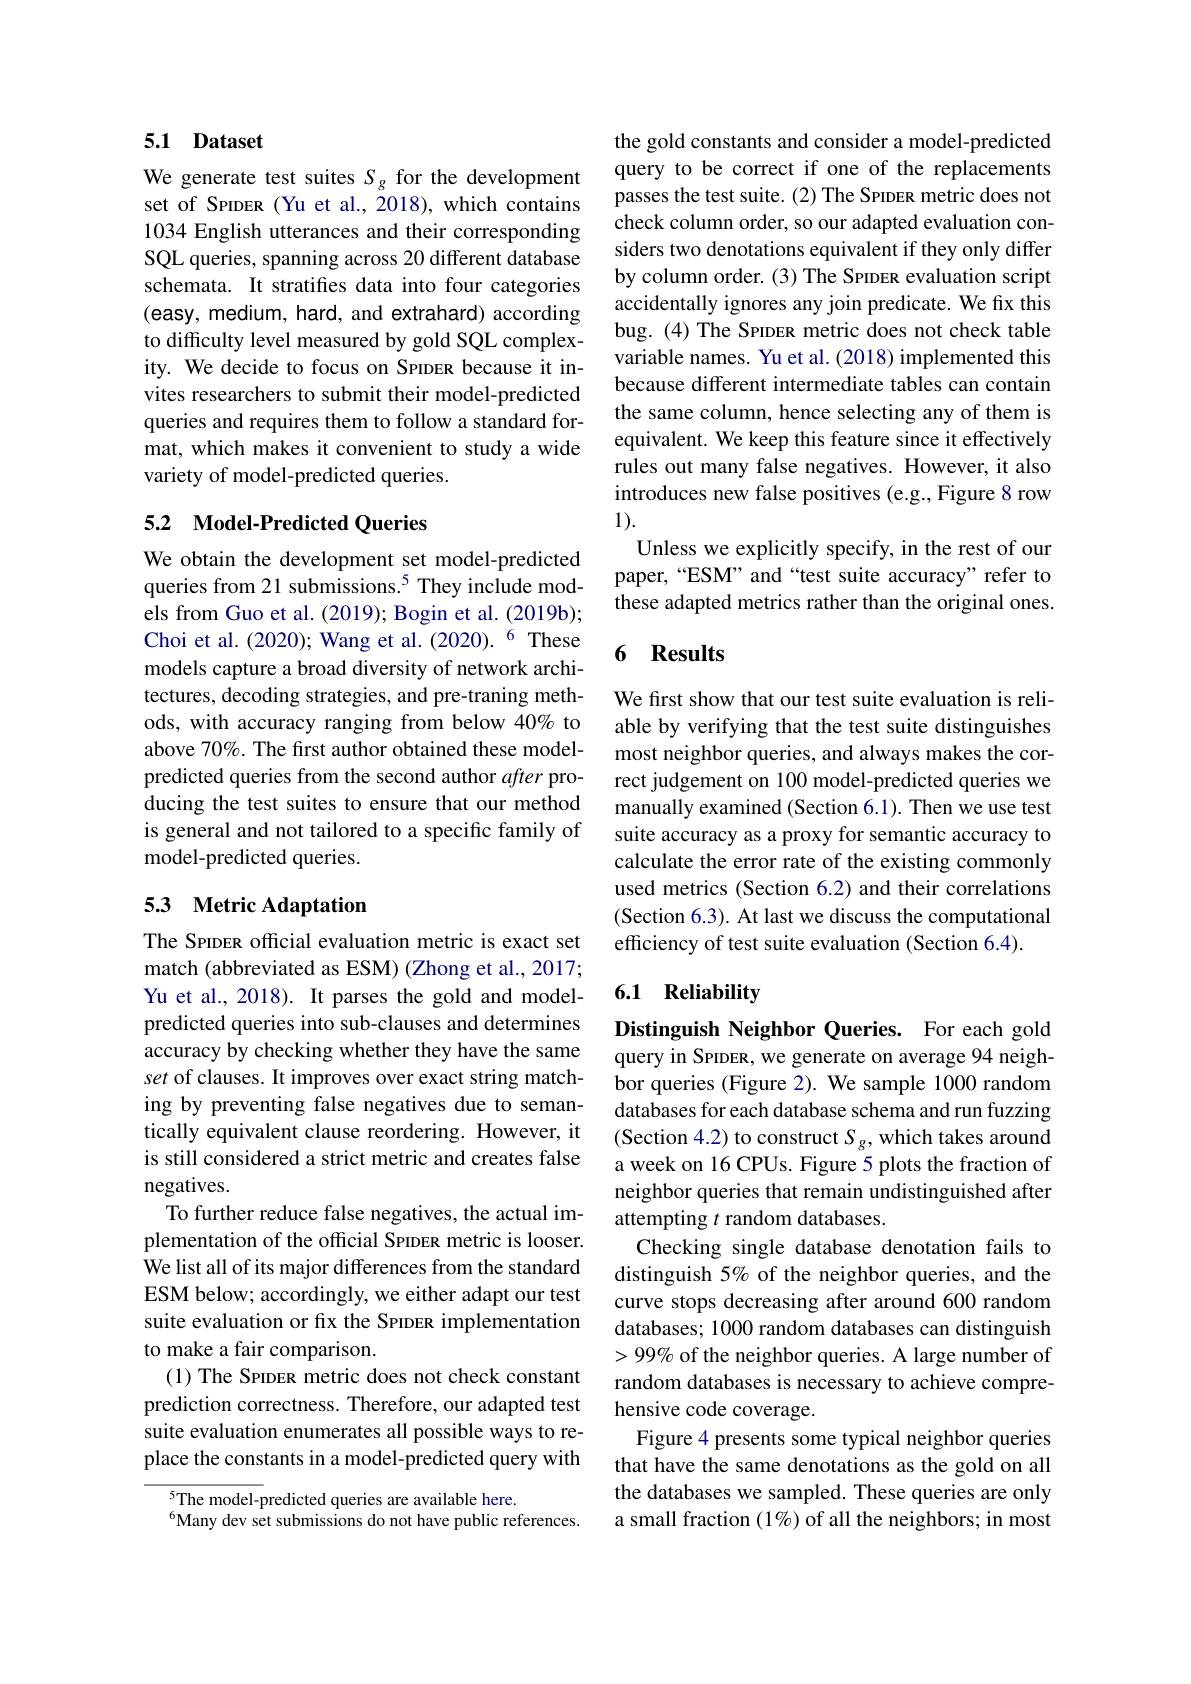
## 5.1 Dataset

We generate test suites $S_{g}$ for the development set of SPIDER (Yu et al., 2018), which contains 1034 English utterances and their corresponding SQL queries, spanning across 20 different database schemata. It stratifes data into four categories (easy, medium, hard, and extrahard) according to difficulty level measured by gold SQL complexity. We decide to focus on SPIDER because it invites researchers to submit their model-predicted queries and requires them to follow a standard format, which makes it convenient to study a wide variety of model-predicted queries.

## 5.2 Model-Predicted Queries

We obtain the development set model-predicted queries from 21 submissions.$^{5}$ They include models from Guo et al. (2019); Bogin et al. (2019b); Choi et al. (2020); Wang et al.(2020).$^{6}$ These models capture a broad diversity of network architectures, decoding strategies, and pre-traning methods, with accuracy ranging from below 40% to above 70%. The first author obtained these modelpredicted queries from the second author after producing the test suites to ensure that our method is general and not tailored to a specific family of model-predicted queries.

## 5.3 Metric Adaptation

The SpıDER official evaluation metric is exact set match (abbreviated as ESM) (Zhong et al., 2017; Yu et al., 2018). It parses the gold and modelpredicted queries into sub-clauses and determines accuracy by checking whether they have the same set of clauses. It improves over exact string matching by preventing false negatives due to semantically equivalent clause reordering. However, it is still considered a strict metric and creates false negatives.
To further reduce false negatives, the actual implementation of the official SpıDER metric is looser. We list all of its major differences from the standard ESM below; accordingly, we either adapt our test suite evaluation or fix the SPIDER implementation to make a fair comparison.
(1) The SpıDER metric does not check constant prediction correctness. Therefore, our adapted test suite evaluation enumerates all possible ways to replace the constants in a model-predicted query with

$^{5}$The model-predicted queries are available here.
$^{6}$Many dev set submissions do not have public references.

the gold constants and consider a model-predicted query to be correct if one of the replacements passes the test suite. (2) The SPIDER metric does not check column order, so our adapted evaluation considers two denotations equivalent if they only differ by column order. (3) The SPIDER evaluation script accidentally ignores any join predicate. We fix this bug. (4) The SpıDER metric does not check table variable names. Yu et al. (2018) implemented this because different intermediate tables can contain the same column, hence selecting any of them is equivalent. We keep this feature since it effectively rules out many false negatives. However, it also introduces new false positives (e.g., Figure 8 row 1).
Unless we explicitly specify, in the rest of our paper,“ESM” and“test suite accuracy” refer to these adapted metrics rather than the original ones.

## 6 Results

We first show that our test suite evaluation is reliable by verifying that the test suite distinguishes most neighbor queries, and always makes the correct judgement on 100 model-predicted queries we manually examined (Section 6.1). Then we use test suite accuracy as a proxy for semantic accuracy to calculate the error rate of the existing commonly used metrics (Section 6.2) and their correlations (Section 6.3). At last we discuss the computational efficiency of test suite evaluation (Section 6.4).

## 6.1 Reliability

Distinguish Neighbor Queries. For each gold query in SPIDER, we generate on average 94 neighbor queries (Figure 2). We sample 1000 random databases for each database schema and run fuzzing (Section 4.2) to construct $S_g$, which takes around a week on 16 CPUs. Figure 5 plots the fraction of neighbor queries that remain undistinguished after attempting $t$ random databases.
Checking single database denotation fails to distinguish 5% of the neighbor queries, and the curve stops decreasing after around 600 random databases; 1000 random databases can distinguish $>99\%$ of the neighbor queries. A large number of random databases is necessary to achieve comprehensive code coverage.
Figure 4 presents some typical neighbor queries that have the same denotations as the gold on all the databases we sampled. These queries are only a small fraction (1%) of all the neighbors; in most